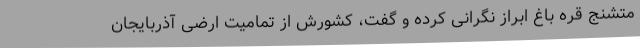
متشنج قره باغ ابراز نگرانی کرده و گفت، کشورش از تمامیت ارضی آذربایجان